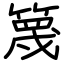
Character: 篾